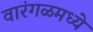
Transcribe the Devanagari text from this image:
वारंगळमध्ये